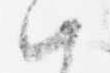
ハ